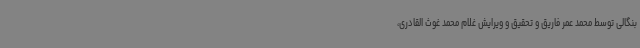
بنگالی توسط محمد عمر فاریق و تحقیق و ویرایش غلام محمد غوث القادری،